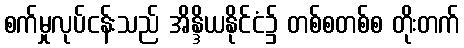
စက်မှုလုပ်ငန်းသည် အိန္ဒိယနိုင်ငံ၌ တစ်စတစ်စ တိုးတက်